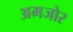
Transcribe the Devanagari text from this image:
अमजोर